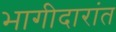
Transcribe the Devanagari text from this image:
भागीदारांत